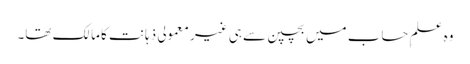
وہ علمِ حساب میں بچپن سے ہی غیر معمولی ذہانت کا مالک تھا۔